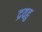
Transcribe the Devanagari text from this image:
द्रवहु